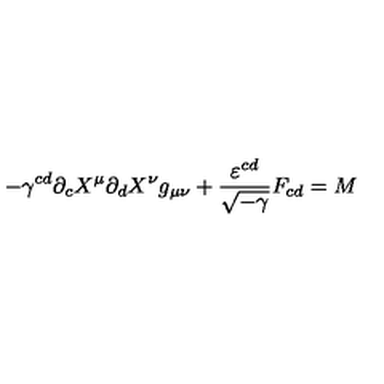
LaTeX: - \gamma ^ { c d } \partial _ { c } X ^ { \mu } \partial _ { d } X ^ { \nu } g _ { \mu \nu } + \frac { \varepsilon ^ { c d } } { \sqrt { - \gamma } } F _ { c d } = M